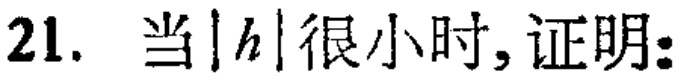
21. 当\(\vert h\vert\)很小时，证明：